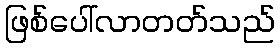
ဖြစ်ပေါ်လာတတ်သည်